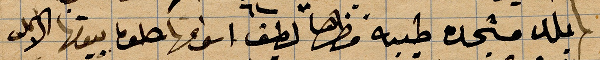
بلد مستجده طيبه مظهرها لطيف أسواقها حلوه بيوتها الأعلى